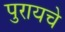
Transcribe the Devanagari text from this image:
पुरायचे